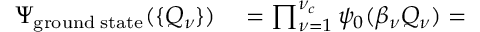
\begin{array} { r l } { \Psi _ { \mathrm { g r o u n d \; s t a t e } } ( \{ Q _ { \nu } \} ) } & { { } = \prod _ { \nu = 1 } ^ { \nu _ { c } } \psi _ { 0 } ( \beta _ { \nu } Q _ { \nu } ) = } \end{array}